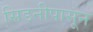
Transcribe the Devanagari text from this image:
सिडनीपासून